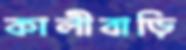
কালীবাড়ি